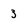
Character: 3